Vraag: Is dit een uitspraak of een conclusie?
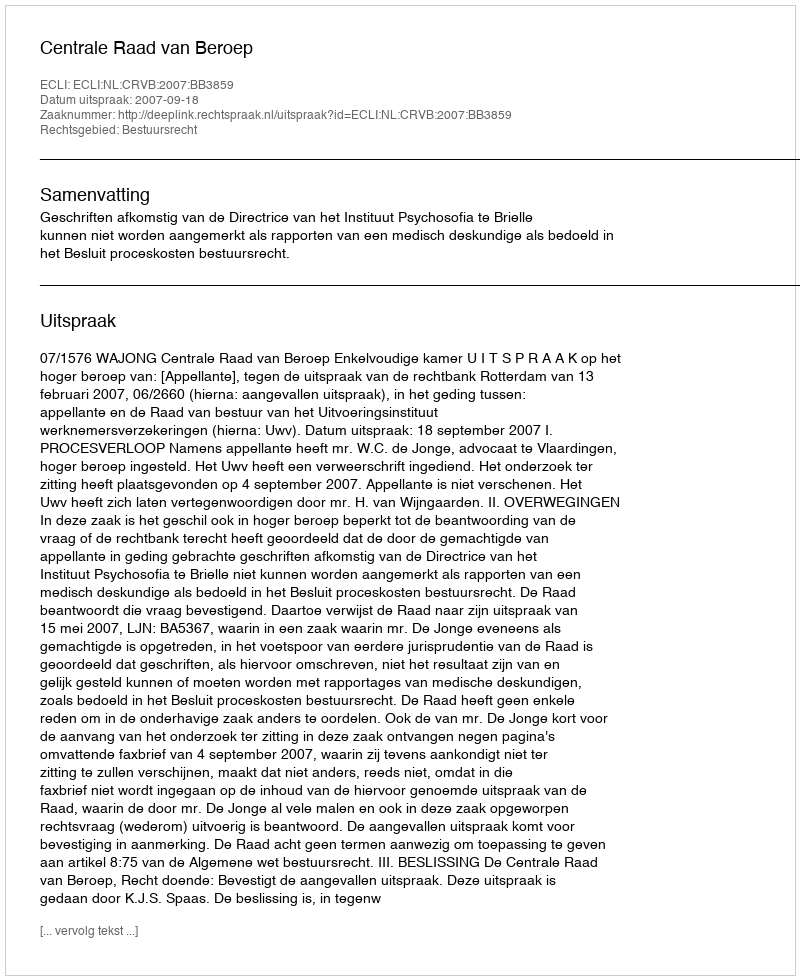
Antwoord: Uitspraak